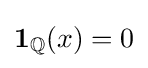
\mathbf {1} _{\mathbb {Q} }(x)=0